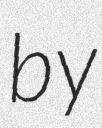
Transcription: by